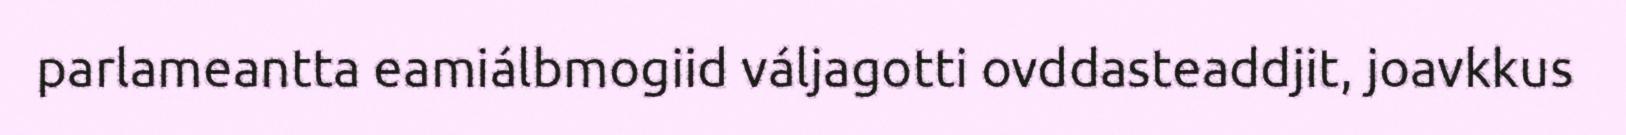
parlameantta eamiálbmogiid váljagotti ovddasteaddjit, joavkkus